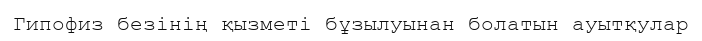
Гипофиз безінің қызметі бұзылуынан болатын ауытқулар